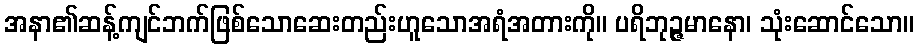
အနာ၏ဆန့်ကျင်ဘက်ဖြစ်သောဆေးတည်းဟူသောအရံအတားကို။ ပရိဘုဉ္ဇမာနော၊ သုံးဆောင်သော။